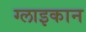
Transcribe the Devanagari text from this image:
ग्लाइकान